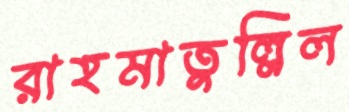
রাহমাতুল্লিল